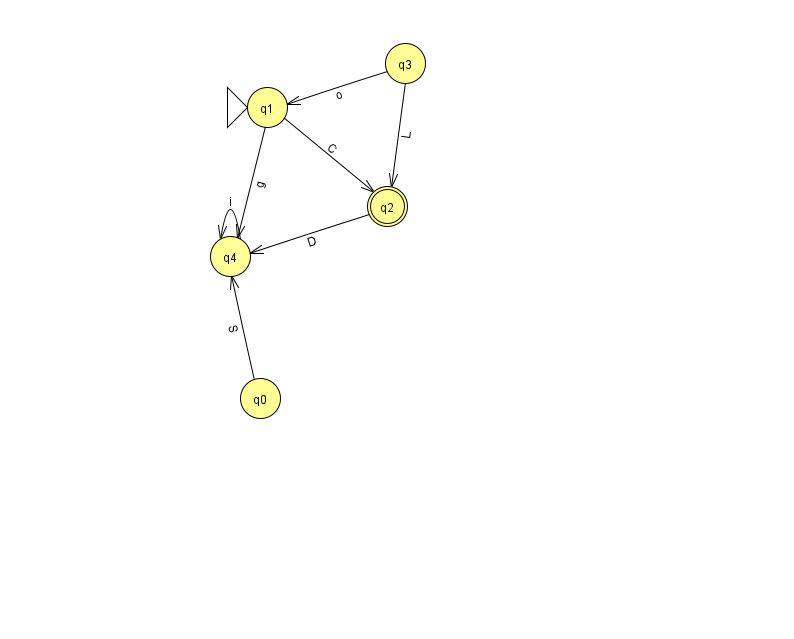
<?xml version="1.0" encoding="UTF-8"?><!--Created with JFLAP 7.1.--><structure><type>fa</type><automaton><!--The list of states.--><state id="0" name="q0"><x>260.0</x><y>385.0</y></state><state id="1" name="q1"><x>267.0</x><y>94.0</y><initial/></state><state id="2" name="q2"><x>387.0</x><y>193.0</y><final/></state><state id="3" name="q3"><x>405.0</x><y>50.0</y></state><state id="4" name="q4"><x>230.0</x><y>243.0</y></state><!--The list of transitions.--><transition><from>1</from><to>4</to><read>g</read></transition><transition><from>0</from><to>4</to><read>S</read></transition><transition><from>3</from><to>2</to><read>L</read></transition><transition><from>1</from><to>2</to><read>C</read></transition><transition><from>4</from><to>4</to><read>i</read></transition><transition><from>2</from><to>4</to><read>D</read></transition><transition><from>3</from><to>1</to><read>o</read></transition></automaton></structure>